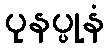
ပုနပ္ပုနံ